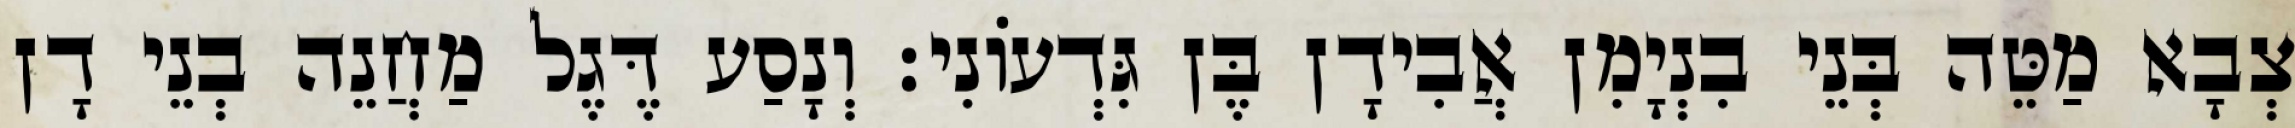
צְבָא מַטֵּה בְּנֵי בִנְיָמִן אֲבִידָן בֶּן גִּדְעוֹנִי׃ וְנָסַע דֶּגֶל מַחֲנֵה בְנֵי דָן